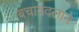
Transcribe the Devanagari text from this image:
बचावदलाने